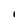
Character: I